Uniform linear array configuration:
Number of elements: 12
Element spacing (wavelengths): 1
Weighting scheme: blackman
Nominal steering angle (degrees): -45
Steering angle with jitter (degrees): -44.832
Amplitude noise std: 0.05
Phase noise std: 0.05

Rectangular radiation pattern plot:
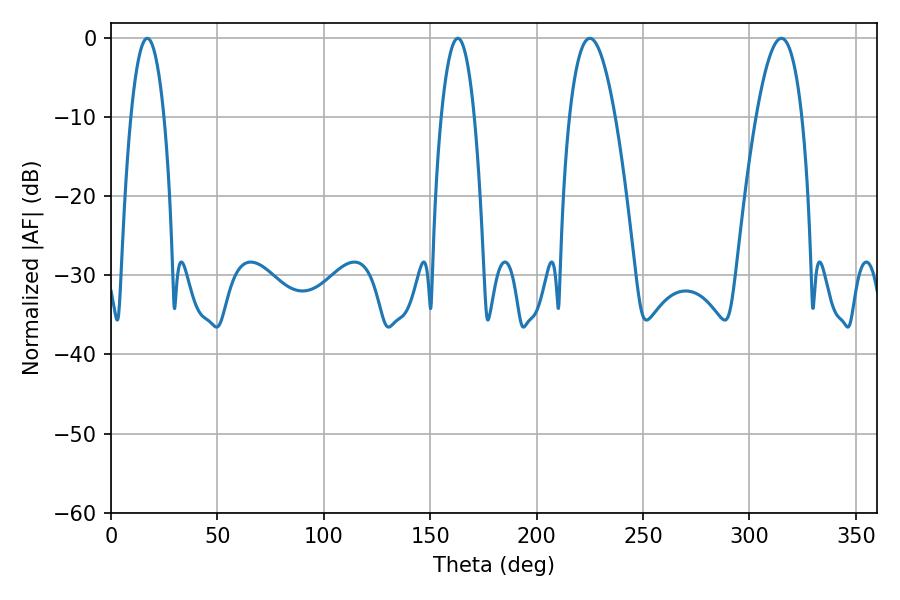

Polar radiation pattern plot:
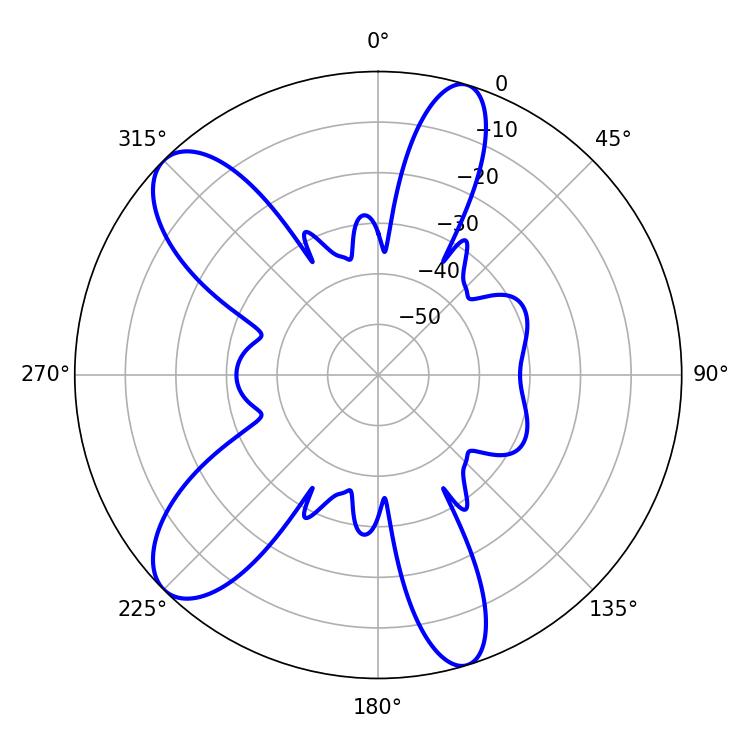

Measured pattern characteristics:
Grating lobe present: TRUE
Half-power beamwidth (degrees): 11.88
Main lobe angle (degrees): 225